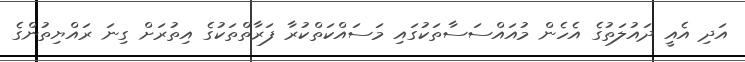
އަދި އެއީ ދައުލަތުގެ އެހެން މުއައްސަސާތަކުގައި މަސައްކަތްކުރާ ފަރާތްތަކުގެ އިތުރަށް ގިނަ ރައްޔިތުންގެ